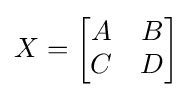
X={\begin{bmatrix}A&B\\C&D\end{bmatrix}}